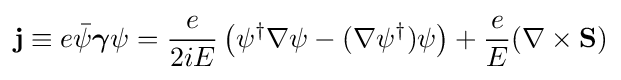
{\mathbf {j} }\equiv e{\bar {\psi }}{\boldsymbol {\gamma }}\psi ={\frac {e}{2iE}}\left(\psi ^{\dagger }\nabla \psi -(\nabla \psi ^{\dagger })\psi \right)+{\frac {e}{E}}(\nabla \times {\mathbf {S} })